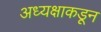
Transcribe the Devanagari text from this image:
अध्यक्षाकडून